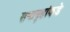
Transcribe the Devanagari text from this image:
सभागृहांकडे